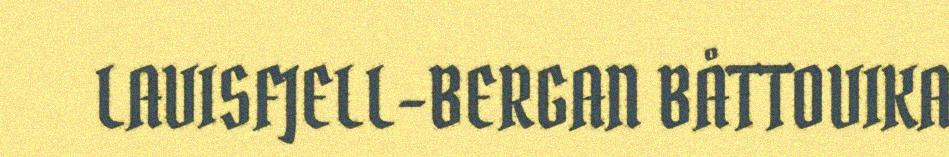
LAVISFJELL-BERGAN BÅTTOVIKA